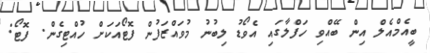
ބީއެމްއެލް އިން ބޭއްވި ހަފްލާގައި އެވޯޑު ލިބުނު މުވައްޒަފުން ފޮޓޯއަކަށް ހުއްޓިގެން. ފޮޓޯ: